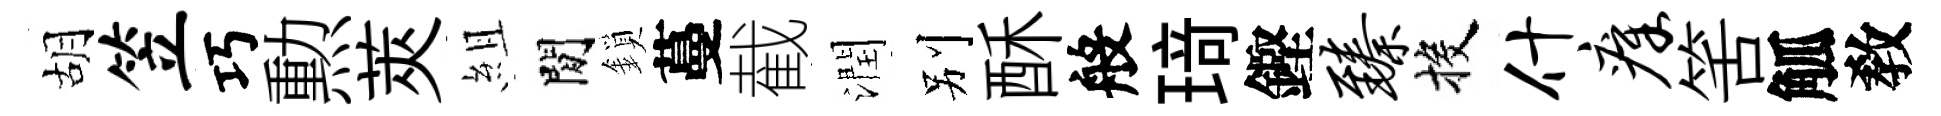
胡笠巧勲莢組閒鎖蔓截潤别酥般𤦺鏗臻投什瘴筈觚敎